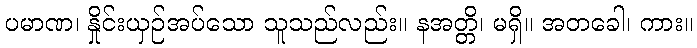
ပမာဏ၊ နှိုင်းယှဉ်အပ်သော သူသည်လည်း။ နအတ္တိ၊ မရှိ။ အတခေါ၊ ကား။